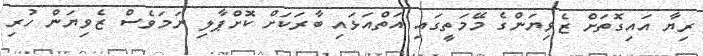
ރިޔާ އައިގޮތަށް ޒެވިޔަންގެ މޭމަތީގައި އަތްއަޅައި ބާރަކަށް ކޮށްޕާލި ނަމަވެސް ޒެވިޔަން ހުރި